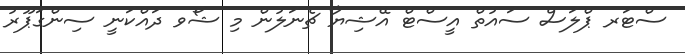
ސްޓަރ ޕްލަސް ސައުތް އީސްޓް އޭޝިޔާ ޗެނަލުން މި ޝޯވ ދައްކަނީ ސިންގަޕޫރު